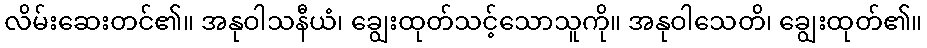
လိမ်းဆေးတင်၏။ အနုဝါသနီယံ၊ ချွေးထုတ်သင့်သောသူကို။ အနုဝါသေတိ၊ ချွေးထုတ်၏။